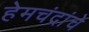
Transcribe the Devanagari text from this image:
हेमचंद्रांचे